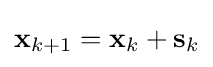
\mathbf {x} _{k+1}=\mathbf {x} _{k}+\mathbf {s} _{k}